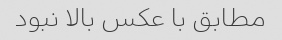
مطابق با عکس بالا نبود